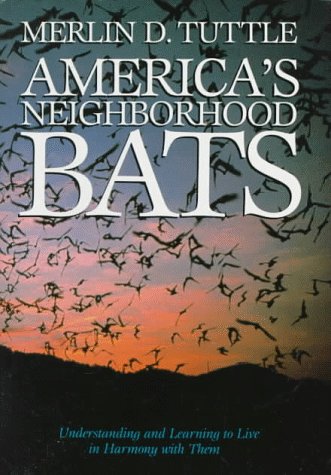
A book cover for America's Neighborhood Bats; Merlin D. Tuttle; Sports & Outdoors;